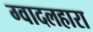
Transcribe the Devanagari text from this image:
ग्वादलहारा